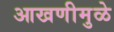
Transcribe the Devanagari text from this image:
आखणीमुळे